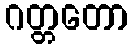
ဂတ္တတော